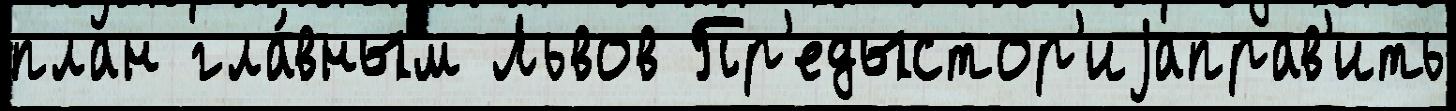
план гла́вным Львов Пр'едыстор'иjаправ'ить